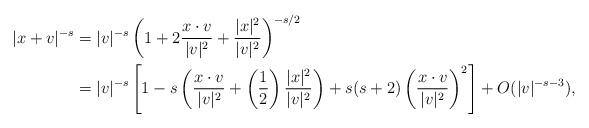
LaTeX: \begin{align*}|x+v|^{-s}&=|v|^{-s}\left(1+2\frac{x\cdot v}{|v|^2}+\frac{|x|^2}{|v| ^2}\right)^{-s/2}\\ &=|v|^{-s}\left[1-s\left(\frac{x\cdot v}{|v|^2}+\left(\frac{1}{2}\right)\frac{|x|^2}{|v| ^2}\right) +s(s+2)\left(\frac{ x\cdot v }{|v|^2}\right)^2\right]+O(|v|^{-s-3}),\end{align*}